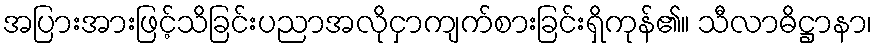
အပြားအားဖြင့်သိခြင်းပညာအလိုငှာကျက်စားခြင်းရှိကုန်၏။ သီလာဓိဋ္ဌာနာ၊